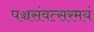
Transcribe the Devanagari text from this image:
पञ्चसंवत्सरमयं